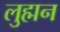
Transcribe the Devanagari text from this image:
लुह्मन